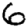
Digit: 6